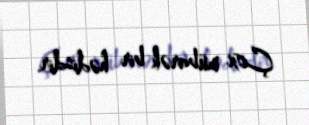
Çox mübarək bir hədisdir.